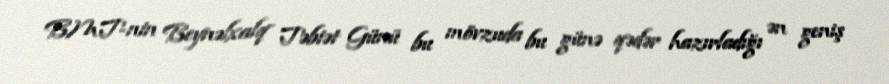
BMT-nin Beynəlxalq Təbiət Günü bu mövzuda bu günə qədər hazırladığı ən geniş